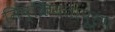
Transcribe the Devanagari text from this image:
निष्क्रियतापूर्ण